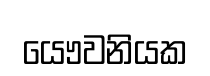
යෞවනියක